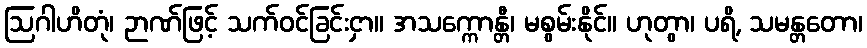
ဩဂါဟိတုံ၊ ဉာဏ်ဖြင့် သက်ဝင်ခြင်းငှာ။ အသက္ကောန္တီ၊ မစွမ်းနိုင်။ ဟုတွာ၊ ပရိ, သမန္တတော၊